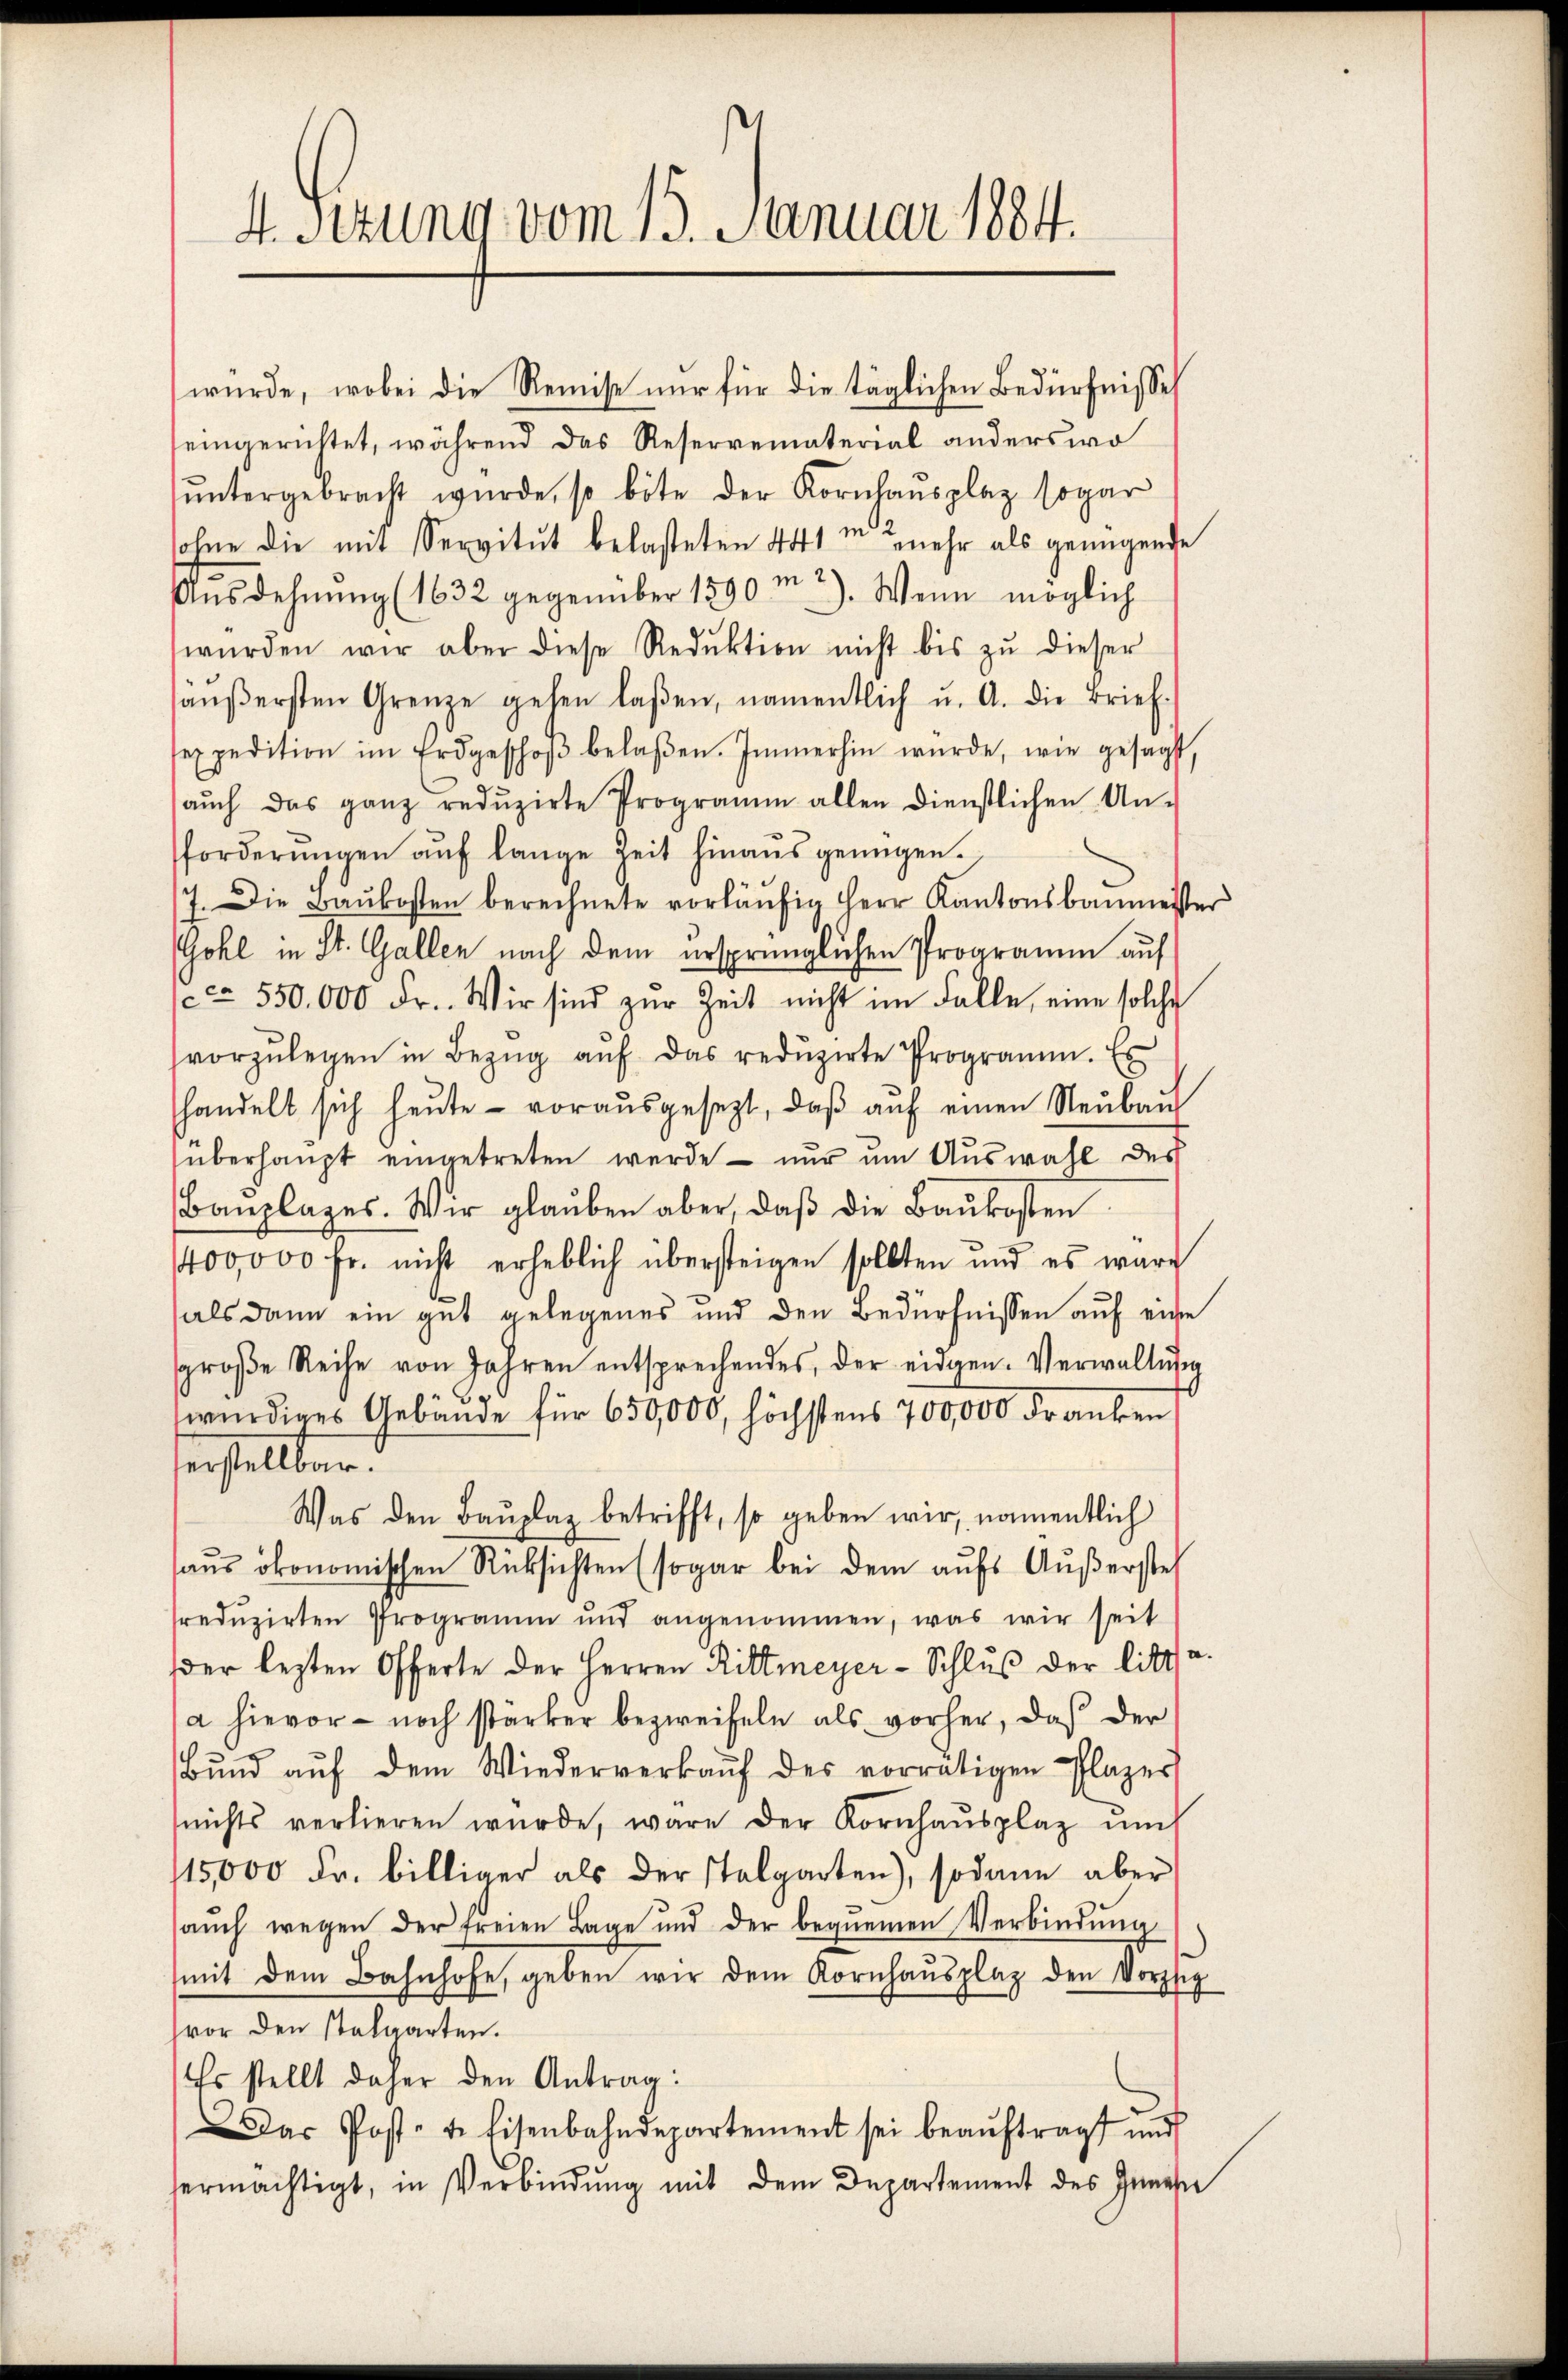
4. Sizung vom 15. Januar 1884.

wurde, wobei die Remise nur für die täglichen Bedürfnisse
eingerichtet, während das Reservematerial anderswo
ŭntergebracht wŭrde, so böte der Kornhaŭsplaz sogar
sohne die mit Servitut belasteten 441 in mehr als genügende
Ausdehnung (1632 gegenüber 1890 m 2). Wenn möglich
würden wir aber diese Reduktion nicht bis zŭ dieser
äŭβersten Grenze gehen laßen, namentlich u. A. die Brief
sexpedition im Erdgeschoβ belaßen. Immerhin würde, wie gesagt,
aŭch das ganz redŭzirte Programm allen dienstlichen An-
forderŭngen aŭf lange Zeit hinaŭs genügen.
7. Die Baukosten berechnete vorläŭfig Herr Kantonsbaumeister
Gohl in St. Gallen nach dem ursprünglichen Programm auf
ca 550. 000 Fr. Wir sind zŭr Zeit nicht im Falle, eine solche
vorzŭlegen in Bezŭg aŭf das redŭzirte Programm. Es
handelt sich heŭte voraŭsgesezt, daβ aŭf einen Neŭbaŭ
überhaupt eingetreten werde – nur um Auswahl des
Banzlages. Wir glauben aber, daβ die Baukosten
400,000 Fr. nicht erheblich übersteigen sollten und es ware
e
als dann ein gut gelegenes und den Bedürfnissen auf eine
sgroβe Reihe von Jahren entsprechendes, der eidgen. Verwaltŭng
würdiges Gebäude für 650,000, höchstens 700,000 Franken
serstelltend
Was den Bauplaz betrifft, so geben wir, namentlich
haŭs ökonomischen Rücksichten (sogar bei dem aŭfs Aŭβersteh
redŭzirten Programm und angenommen, was wir seit
der lezten Offerte der Herren Rittmeyer-Schluß der litte.
a hievor – noch stärker bezweifeln als vorher, daß der
Bŭnd aŭf dem Wiederverkaŭf des vorrätigen Plazer
nichts verlieren wŭrde, wäre der Kornhaŭsplaz ŭm
15,000 Fr. billiger als der Stalgarten), sodann aber
aŭch wegen der freien Lage und der bequemen Verbindŭng.
mit dem Bahnhofe, geben wir dem Kornhaŭsplaz den Vorzsig
hvor den Stalgarten.
Es stellt daher den Antrag:
Das Post- u. Eisenbahndepartement sei beaŭftragt und
ermächtigt, in Verbindŭng mit dem Departement des Gemein